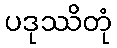
ပဒုဿိတုံ